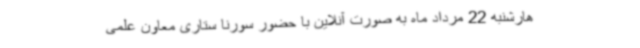
هارشنبه 22 مرداد ماه به صورت آنلاین با حضور سورنا ستاری معاون علمی